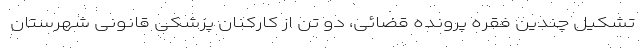
تشکیل چندین فقره پرونده قضائی، دو تن از کارکنان پزشکی قانونی شهرستان